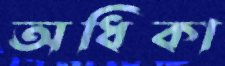
অধিকা